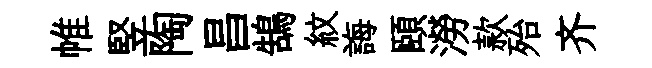
帷竪陶昌鵠紋誨頤澇款殆齐